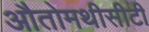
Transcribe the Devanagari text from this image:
औतोमथीसीटी